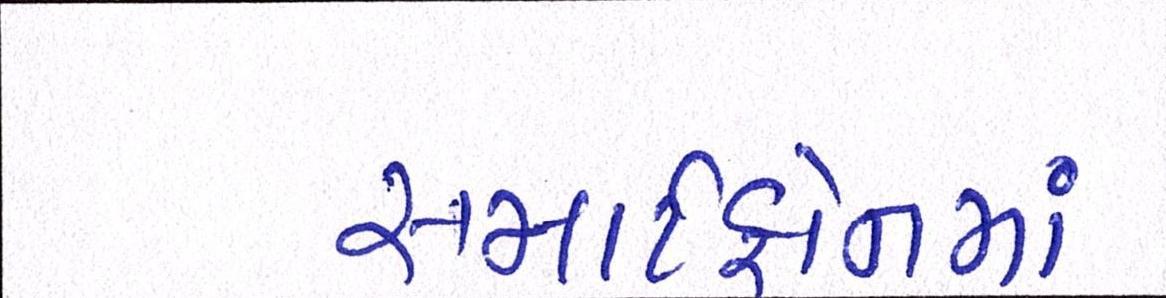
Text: સ્માર્ટફોનમાં